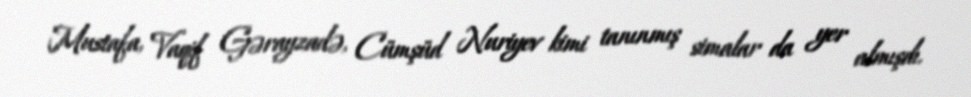
Mustafa, Vaqif Gərayzadə, Cümşüd Nuriyev kimi tanınmış simalar da yer almışdı.